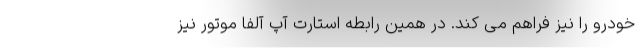
خودرو را نیز فراهم می کند. در همین رابطه استارت آپ آلفا موتور نیز